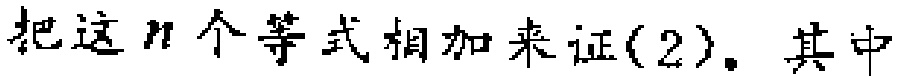
把这\(n\)个等式相加来证(2). 其中